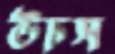
উচস